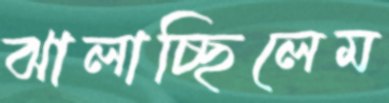
ঝালাচ্ছিলেম